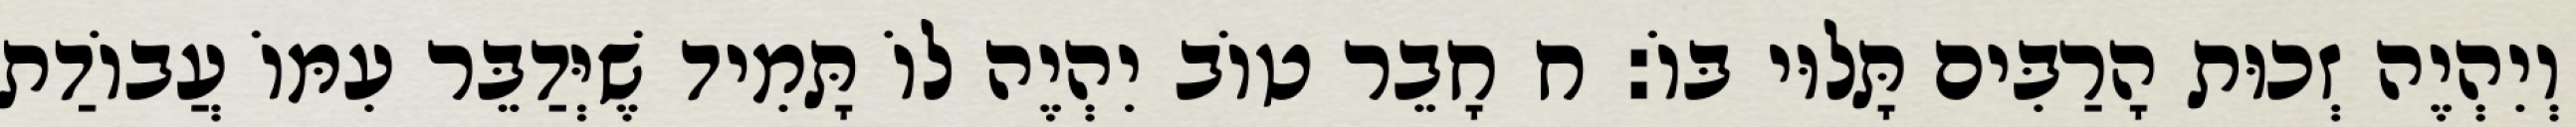
וְיִהְיֶה זְכוּת הָרַבִּים תָּלוּי בּוֹ: ח חָבֵר טוֹב יִהְיֶה לוֹ תָּמִיד שֶׁיְּדַבֵּר עִמּוֹ עֲבוֹדַת